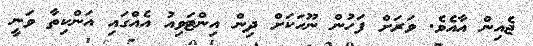
ޖެއިން އާއެވެ. ވަރަށް ފަހުން ނޫހަކަށް ދިން އިންޓަވިއު އެއްގައި އަންކިތާ ވަނީ